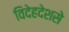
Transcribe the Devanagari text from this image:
विदेहदेशसे